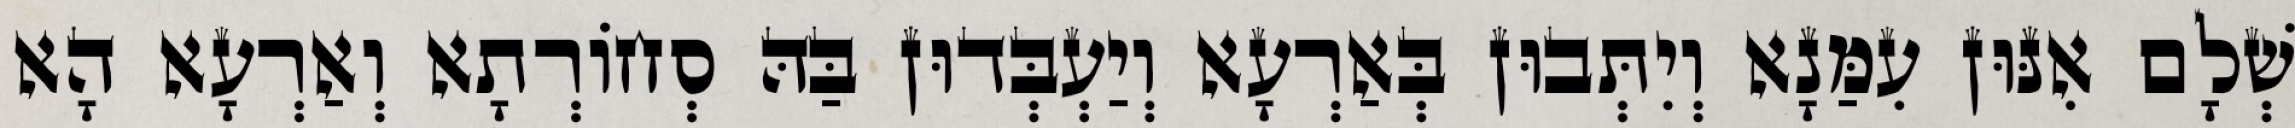
שְׁלָם אִנּוּן עִמַּנָא וְיִתְּבוּן בְּאַרְעָא וְיַעְבְּדוּן בַּהּ סְחוֹרְתָא וְאַרְעָא הָא